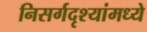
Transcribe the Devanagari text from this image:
निसर्गदृश्यांमध्ये